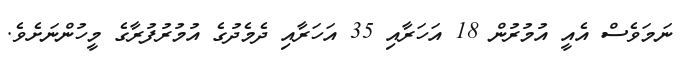
ނަމަވެސް އެއީ އުމުރުން 18 އަހަރާއި 35 އަހަރާއި ދެމެދުގެ އުމުރުފުރާގެ މީހުންނަށެވެ.